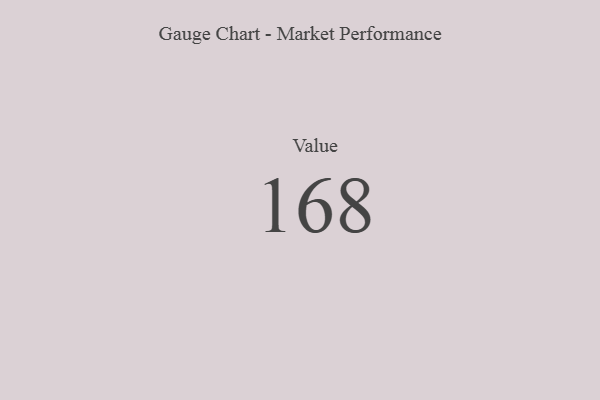
{"axis": {"x": "Metric", "y": "Value"}, "legend": [""], "data": [{"x": "Value", "y": 168, "type": ""}]}